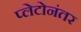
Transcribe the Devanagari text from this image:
प्लेटोनंतर